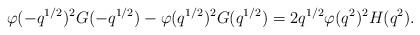
\begin{align*} \varphi(-q^{1/2})^2G(-q^{1/2})-\varphi(q^{1/2})^2G(q^{1/2}) = 2q^{1/2}\varphi(q^2)^2H(q^2).\end{align*}